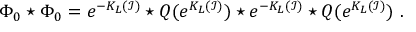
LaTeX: \Phi _ { 0 } \star \Phi _ { 0 } = e ^ { - K _ { L } ( \mathcal { I } ) } \star Q ( e ^ { K _ { L } ( \mathcal { I } ) } ) \star e ^ { - K _ { L } ( \mathcal { I } ) } \star Q ( e ^ { K _ { L } ( \mathcal { I } ) } ) \ .